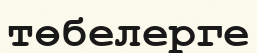
төбелерге